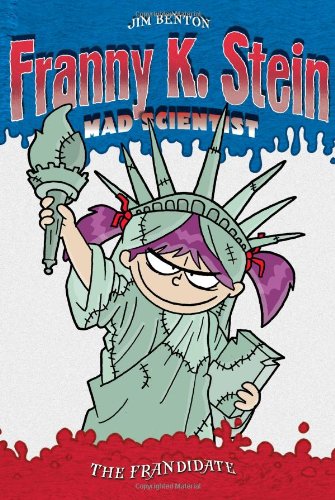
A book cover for The Frandidate (Franny K. Stein, Mad Scientist); Jim Benton; Humor & Entertainment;